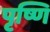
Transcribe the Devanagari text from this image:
पृष्णि